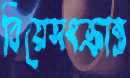
বিয়েসংক্রান্ত